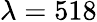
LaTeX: \lambda=518